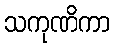
သကုဏိကာ